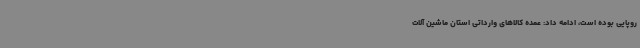
روپایی بوده است، ادامه داد: عمده کالاهای وارداتی استان ماشین آلات